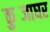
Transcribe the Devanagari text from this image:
कुब्जाघर